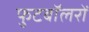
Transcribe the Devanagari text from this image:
फुटबॉलरों